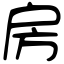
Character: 房